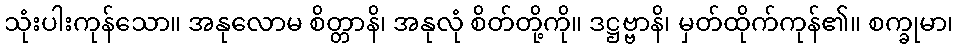
သုံးပါးကုန်သော။ အနုလောမ စိတ္တာနိ၊ အနုလုံ စိတ်တို့ကို။ ဒဋ္ဌဗ္ဗာနိ၊ မှတ်ထိုက်ကုန်၏။ စက္ခုမာ၊